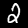
Digit: 2